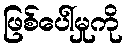
ဖြစ်ပေါ်မှုကို